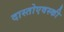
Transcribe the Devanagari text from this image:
दास्तोएवस्की